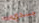
جسدي